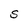
Character: S